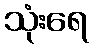
သုံးရေ